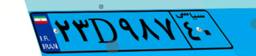
۲۳D۹۸۷۴۰